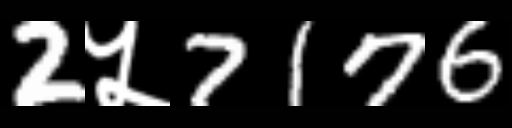
Text: 2५7176